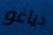
دياغو